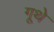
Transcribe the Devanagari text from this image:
गूथे